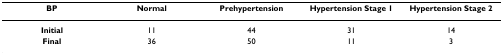
<table><thead><tr><td><b>BP</b></td><td><b>Normal</b></td><td><b>Prehypertension</b></td><td><b>Hypertension Stage 1</b></td><td><b>Hypertension Stage 2</b></td></tr></thead><tbody><tr><td><b>Initial</b></td><td>11</td><td>44</td><td>31</td><td>14</td></tr><tr><td><b>Final</b></td><td>36</td><td>50</td><td>11</td><td>3</td></tr></tbody></table>